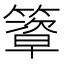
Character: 𥴃